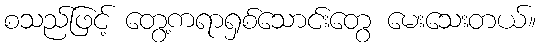
စသည်ဖြင့် တွေ့ကရာရှစ်သောင်းတွေ မေးသေးတယ်။